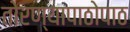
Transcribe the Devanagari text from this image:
तोरण्यापाठोपाठ